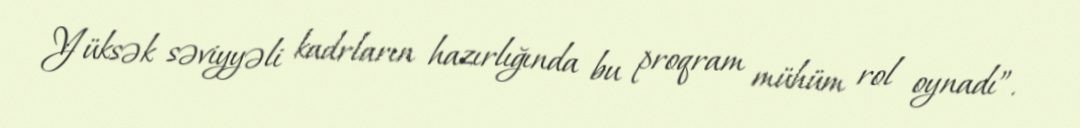
Yüksək səviyyəli kadrların hazırlığında bu proqram mühüm rol oynadı”.